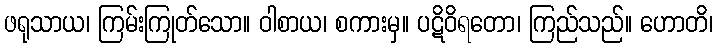
ဖရုသာယ၊ ကြမ်းကြုတ်သော။ ဝါစာယ၊ စကားမှ။ ပဋိဝိရတော၊ ကြည်သည်။ ဟောတိ၊